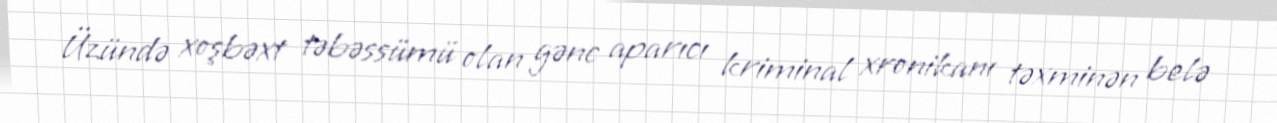
Üzündə xoşbəxt təbəssümü olan gənc aparıcı kriminal xronikanı təxminən belə